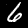
Label: 6